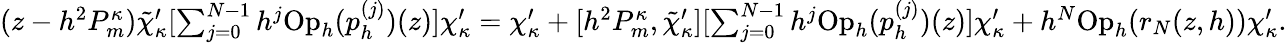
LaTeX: \begin{array}{r}{(z-h^{2}P_{m}^{\kappa})\tilde{\chi}_{\kappa}^{\prime}[\sum_{j=0}^{N-1}h^{j}\mathrm{Op}_{h}(p_{h}^{(j)})(z)]\chi_{\kappa}^{\prime}=\chi_{\kappa}^{\prime}+[h^{2}P_{m}^{\kappa},\tilde{\chi}_{\kappa}^{\prime}][\sum_{j=0}^{N-1}h^{j}\mathrm{Op}_{h}(p_{h}^{(j)})(z)]\chi_{\kappa}^{\prime}+h^{N}\mathrm{Op}_{h}(r_{N}(z,h))\chi_{\kappa}^{\prime}.}\end{array}